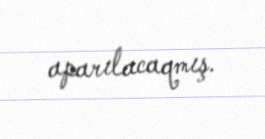
aparılacaqmış.